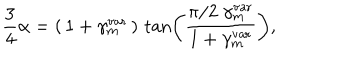
LaTeX: \frac { 3 } { 4 } \alpha = \left( \, 1 + \gamma _ { m } ^ { \mathrm { v a r } } \, \right) \, \tan \left( \frac { \pi / 2 \; \gamma _ { m } ^ { \mathrm { v a r } } } { 1 + \gamma _ { m } ^ { \mathrm { v a r } } } \right) ,